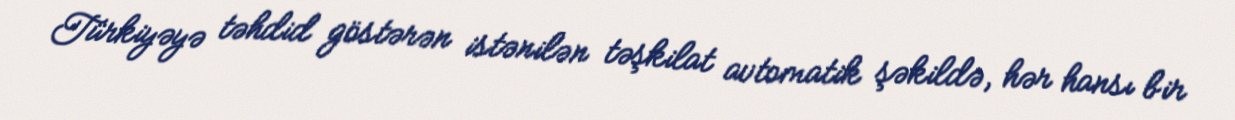
Türkiyəyə təhdid göstərən istənilən təşkilat avtomatik şəkildə, hər hansı bir